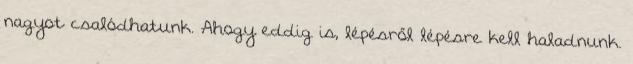
nagyot csalódhatunk. Ahogy eddig is, lépésről lépésre kell haladnunk.